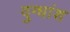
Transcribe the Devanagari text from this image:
दुग्धांश